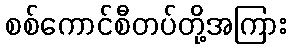
စစ်ကောင်စီတပ်တို့အကြား